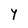
Character: Y